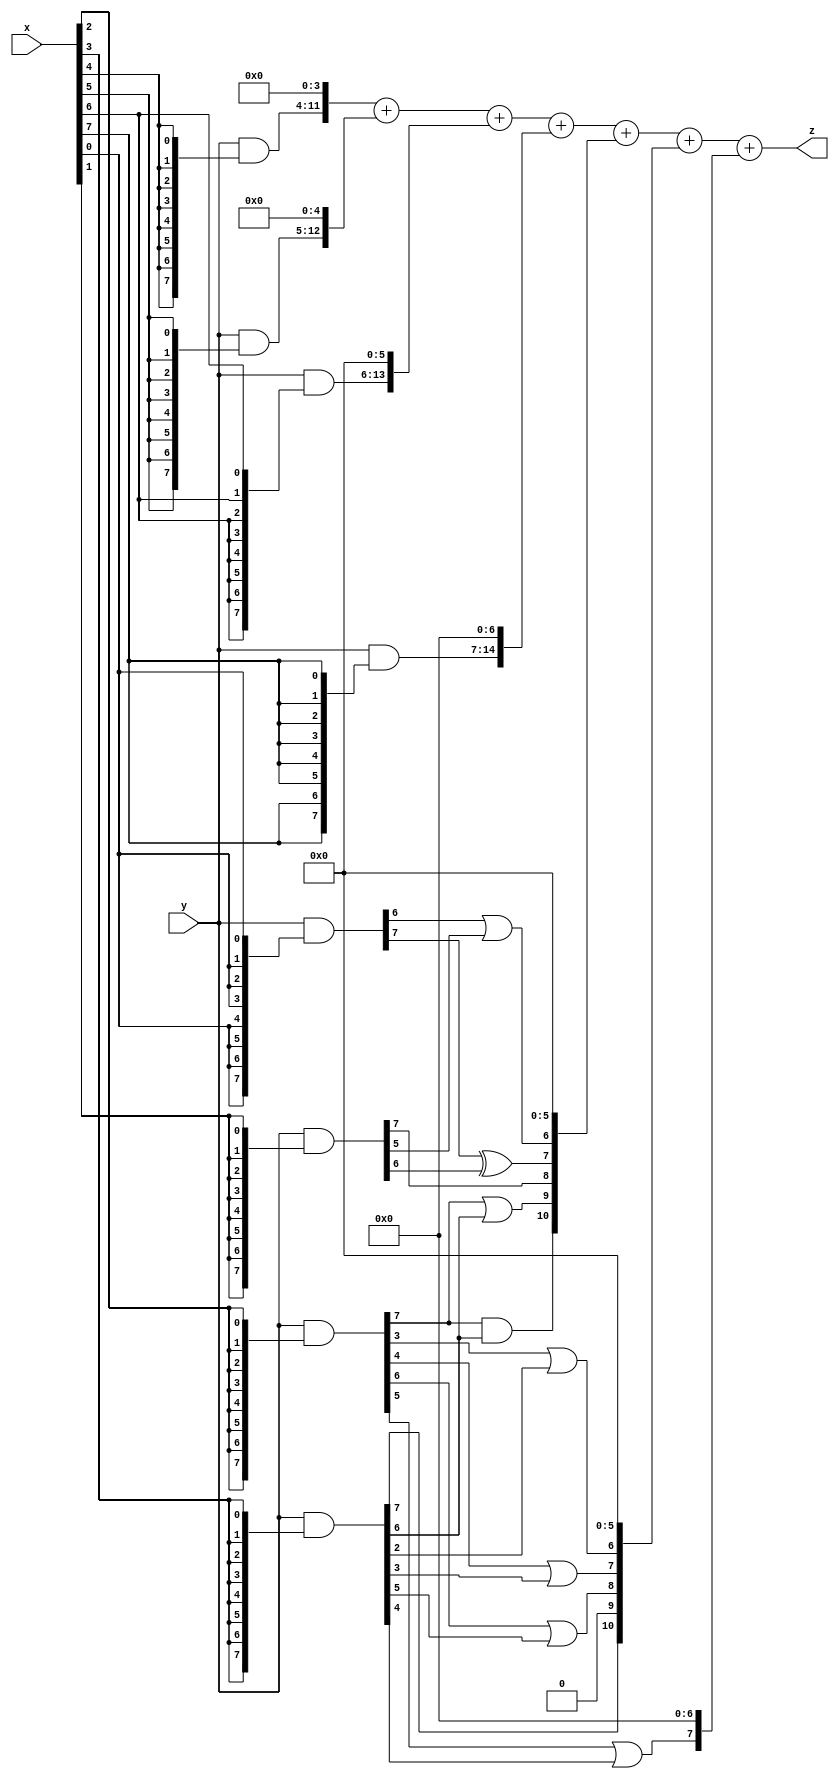
module AlexNet_XWYF_3 (
    input  [7:0]  x,
    input  [7:0]  y,
    output [15:0] z
);


wire [7:0] part1 =  y & {8{x[0]}};
wire [7:0] part2 = (y & {8{x[1]}});
wire [7:0] part3 = (y & {8{x[2]}});
wire [7:0] part4 = (y & {8{x[3]}});

wire [7:0] part5 = (y & {8{x[4]}});
wire [7:0] part6 = (y & {8{x[5]}});
wire [7:0] part7 = (y & {8{x[6]}});
wire [7:0] part8 = (y & {8{x[7]}});

wire [10:0] new_part1;
wire [10:0] new_part2;
wire [10:0] new_part3;

assign new_part1[0] = 0;
assign new_part1[1] = 0;
assign new_part1[2] = 0;
assign new_part1[3] = 0;
assign new_part1[4] = 0;
assign new_part1[5] = 0;
assign new_part1[6] = part1[6]|part2[5];
assign new_part1[7] = part1[7]^part2[6];
assign new_part1[8] = part2[7];
assign new_part1[9] = part3[7]|part4[6];
assign new_part1[10] = part3[7]&part4[6];

assign new_part2[0] = 0;
assign new_part2[1] = 0;
assign new_part2[2] = 0;
assign new_part2[3] = 0;
assign new_part2[4] = 0;
assign new_part2[5] = 0;
assign new_part2[6] = part3[3]|part4[2];
assign new_part2[7] = part3[4]|part4[3];
assign new_part2[8] = part3[6]|part4[5];
assign new_part2[9] = 0;
assign new_part2[10] = part4[7];

assign new_part3[0] = 0;
assign new_part3[1] = 0;
assign new_part3[2] = 0;
assign new_part3[3] = 0;
assign new_part3[4] = 0;
assign new_part3[5] = 0;
assign new_part3[6] = 0;
assign new_part3[7] = part3[5]|part4[4];
assign new_part3[8] = 0;
assign new_part3[9] = 0;
assign new_part3[10] = 0;

assign z = {part5, 4'b0} + {part6, 5'b0} + {part7, 6'b0} + {part8, 7'b0} + new_part1 + new_part2 + new_part3;

endmodule